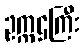
ဥက္ကဌကြီး